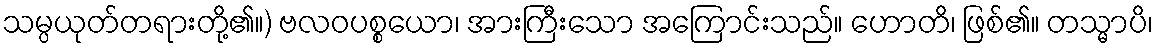
သမ္ပယုတ်တရားတို့၏။) ဗလဝပစ္စယော၊ အားကြီးသော အကြောင်းသည်။ ဟောတိ၊ ဖြစ်၏။ တသ္မာပိ၊